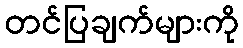
တင်ပြချက်များကို